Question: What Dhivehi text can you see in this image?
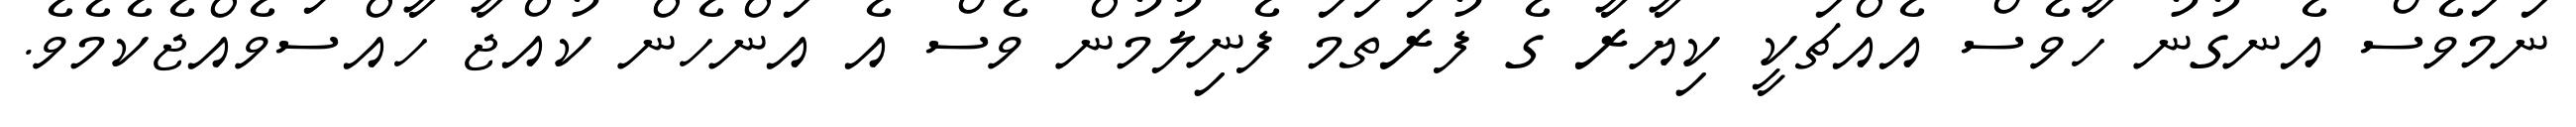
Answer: ނަމަވެސް އެނގުނު ހާވެސް އެއްޗަކީ ކިޔާރާ ގެ ފުރަތަމަ ފެނިލުމުން ވެސް އެ އަންހެން ކުއްޖާ ހާއްސަވެއްޖެކެމެވެ.